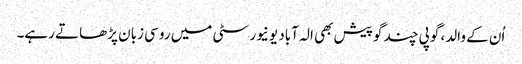
اُن کے والد، گوپی چند گوپیش بھی الہ آباد یونیورسٹی میں روسی زبان پڑھاتے رہے۔